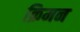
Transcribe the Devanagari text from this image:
क्रिमन